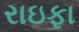
રાઇફા